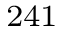
^ { 2 4 1 }